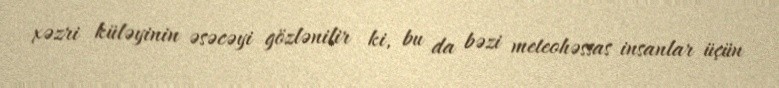
xəzri küləyinin əsəcəyi gözlənilir ki, bu da bəzi meteohəssas insanlar üçün